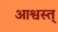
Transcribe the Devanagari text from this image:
आश्वस्त्